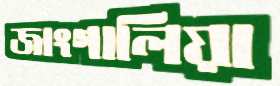
জাংগালিয়া